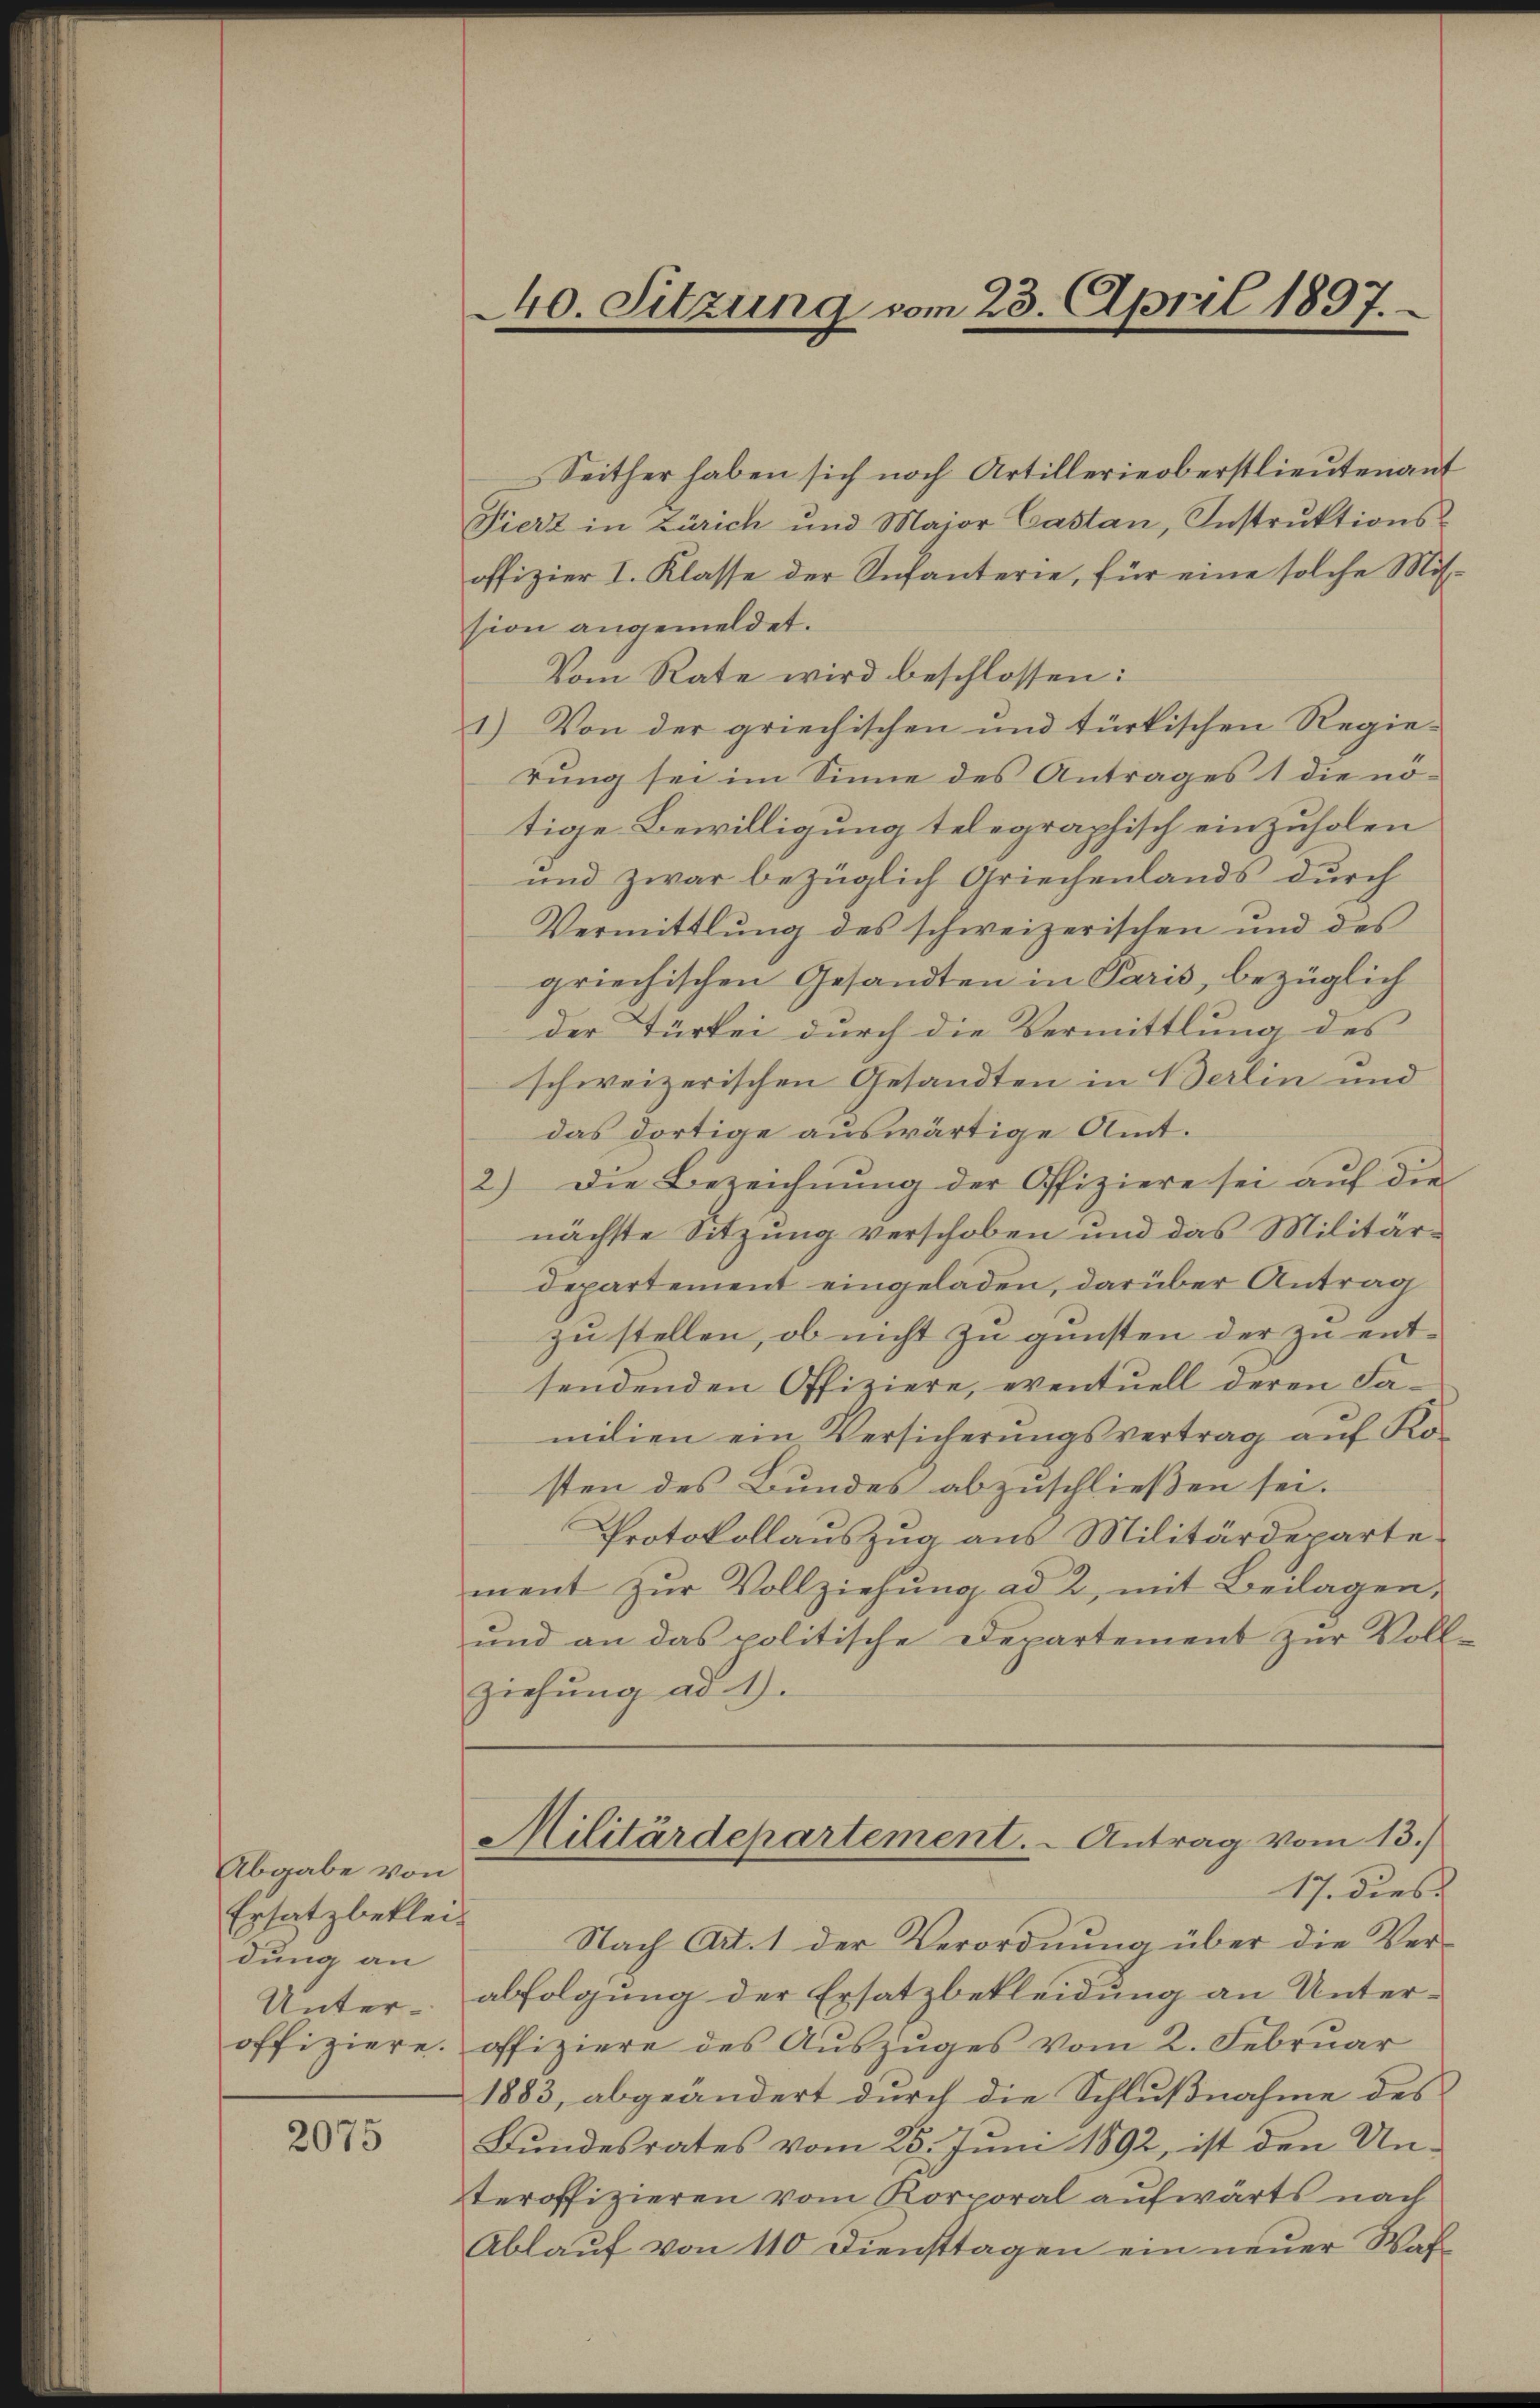
Abgabe von
Ersatz bekleidung an
Unter¬

2075

40. Sitzung vom 23. April 1897.

Seither haben sich noch Artillerieoberstlieutenant
Fierz in Zürich und Major Castan, Instrŭktions-
offizier I. Klasse der Infanterie, für eine solche Mission angemeldet.
Vom Rate wird beschlossen:
1.) Von der griechischen und türkischen Regie-
rung sei im Sinne des Antrages 1 die nötige Bewilligung telegraphisch einzuholen
und zwar bezüglich Griechenlands durch
Vermittlung des schweizerischen und des
griechischen Gesandten in Paris, bezüglich
der Türkei durch die Vermittlung des
schweizerischen Gesandten in Berlin und
das dortige auswärtige Amt.
2) Die Bezeichnŭng der Offiziere sei aŭf die
nächste Sitzung verschoben und das Militärdepartement eingeladen, darüber Antrag
zu stellen, ob nicht zu gunsten der zu ent-
sendenden Offiziere, eventuell deren Familien ein Versicherŭngsvertrag aŭf Ko-
sten des Bundes abzuschließen sei.
Protokollauszug aus Militärdeparte
ment zŭr Vollziehŭng ad 2, mit Beilagen,
und an das politische Departement zŭr Voll-
ziehung ad 1.
Militärdepartement. - Antrag vom 13.)
17. dies
Nach Art. 1 der Verordnung über die Ver-
abfolgung der Ersatzbekleidung an Unter-
offiziere. offiziere des Aŭszŭges vom 2. Febrŭar
1883, abgeändert durch die Schlußnahme des
Bundesrates vom 25. Juni 1892, ist den Unteroffizieren vom Korporal aufwärts nach
Ablauf von 110 Diensttagen ein neuer Was